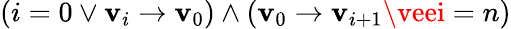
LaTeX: (i=0\vee\mathbf{v}_{i}\rightarrow\mathbf{v}_{0})\wedge(\mathbf{v}_{0}\rightarrow\mathbf{v}_{i+1}\veei=n)